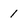
Character: 1